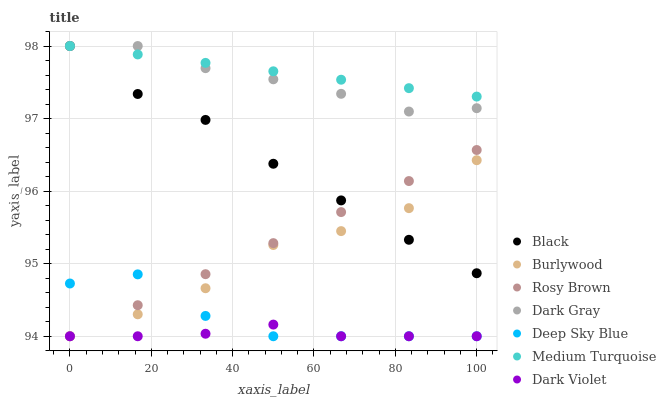
| xaxis_label | Black | Burlywood | Rosy Brown | Dark Gray | Deep Sky Blue | Medium Turquoise | Dark Violet |
 | --- | --- | --- | --- | --- | --- | --- | --- |
 | 0 | 98 | 94 | 94 | 98 | 94.7 | 98 | 94 |
 | 16.7 | 97.3 | 94.3 | 94.4 | 98 | 94.9 | 97.9 | 94 |
 | 33.3 | 97 | 94.7 | 94.9 | 97.7 | 94.3 | 97.8 | 94 |
 | 50 | 96.4 | 95.3 | 95.3 | 97.5 | 94 | 97.7 | 94.2 |
 | 66.7 | 95.9 | 95.4 | 95.7 | 97.3 | 94 | 97.5 | 94 |
 | 83.3 | 95.3 | 95.8 | 96.1 | 97.1 | 94 | 97.4 | 94 |
 | 100 | 94.9 | 96.4 | 96.6 | 97.1 | 94 | 97.3 | 94 |